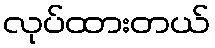
လုပ်ထားတယ်